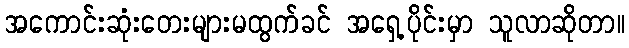
အကောင်းဆုံးတေးများမထွက်ခင် အရှေ့ပိုင်းမှာ သူလာဆိုတာ။